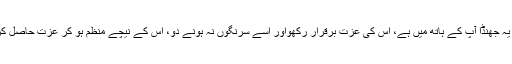
اب یہ جھنڈا آپ کے ہاتھ میں ہے، اس کی عزت برقرار رکھواور اسے سرنگوں نہ ہونے دو، اس کے نیچے منظم ہو کر عزت حاصل کرو۔